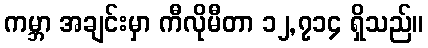
ကမ္ဘာ အချင်းမှာ ကီလိုမီတာ ၁၂,၇၁၄ ရှိသည်။